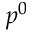
p ^ { 0 }